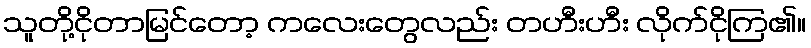
သူတို့ငိုတာမြင်တော့ ကလေးတွေလည်း တဟီးဟီး လိုက်ငိုကြ၏။